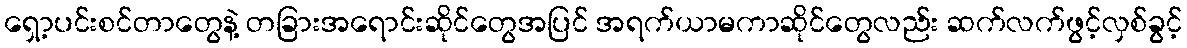
ရှော့ပင်းစင်တာတွေနဲ့ တခြားအရောင်းဆိုင်တွေအပြင် အရက်ယာမကာဆိုင်တွေလည်း ဆက်လက်ဖွင့်လှစ်ခွင့်